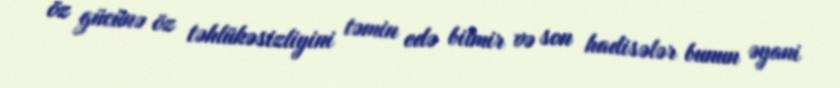
öz gücünə öz təhlükəsizliyini təmin edə bilmir və son hadisələr bunun əyani